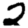
Digit: 2